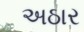
અઠાર